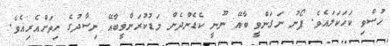
ހުސްވި ކަހަކަލައެވެ. ފޯނު ނަގަންވީ ބާއޭ ނޫނީ ކެޑެންދެން މަޑުކުރަންވީބާއޭ ނިސާދުގެ ހިތަށްއެރިއެވެ.